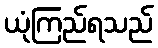
ယုံကြည်ရသည်